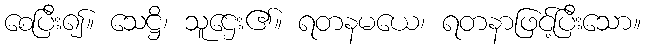
စေပြီး၍။ သေဋ္ဌိ၊ သူဌေး၏။ ရတနမယေ၊ ရတနာဖြင့်ပြီးသော။